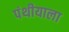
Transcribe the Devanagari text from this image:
पंथीयाला